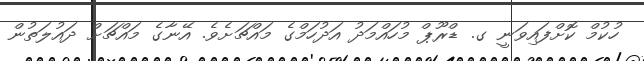
ހުކުމް ކޮށްފައިވަނީ ގ. ޑްރޫޕް މުހައްމަދު އަދުހަމްގެ މައްޗަށެވެ. އޭނާގެ މައްޗަށް ދައުލަތުން